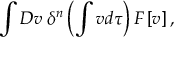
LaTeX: \int { \cal D } v \; \delta ^ { n } \left( \int v d \tau \right) F \left[ v \right] ,